Lunatic asylums Central Provinces reports 1910-1926 - 1910-1926
Year: 1910
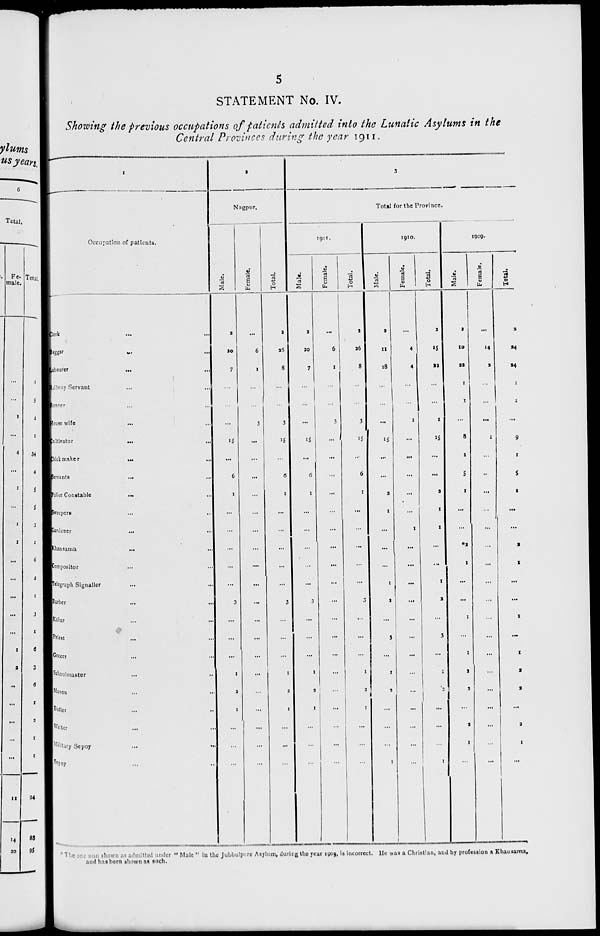
5
STATEMENT No. IV.
Showing the previous occupations of patients admitted into the Lunatic Asylums in the
Central Provinces during the year 1911.
1
Occupation of patients.
Clerk ... ...
Beggar ... ...
Labourer
...
...
Railway Servant ... ...
Banner ... ...
House wife ... ...
Cultivator
...
...
Chick maker
...
...
Servants
...
...
Police Constable
...
...
Sweepers ... ...
Gardener
...
...
Khansama ... ...
Compositor ... ...
Telegraph Signallr ... ...
Barber ... ...
Kahar ... ...
Priest ... ...
Grocer ... ...
Schoolmaster ... ...
Mason ... ...
Butler ... ...
Writer ... ...
Military Sepoy ... ...
Sepoy ... ...
2
Nagpur.
Male.
2
20
7
...
...
...
15
...
6
1
...
...
...
...
...
3
...
...
...
1
2
1
...
...
...
Female.
...
6
1
...
...
3
...
...
...
...
...
...
...
...
...
...
...
...
...
...
...
...
...
...
...
Total.
2
26
8
...
...
3
15
...
6
1
...
...
...
...
...
3
...
...
...
1
2
1
...
...
...
3
Total for the Province.
1911.
Male.
2
20
7
...
...
...
15
...
6
1
...
...
...
...
...
3
...
...
...
1
2
1
...
...
...
Female.
...
6
1
...
...
3
...
...
...
...
...
...
...
...
...
...
...
...
...
...
...
...
...
...
...
Total.
2
26
8
...
...
3
15
...
6
1
...
...
...
...
...
3
...
...
...
1
2
1
...
...
...
1910.
Male.
2
11
18
...
...
...
15
...
...
2
1
...
...
...
1
2
...
3
...
1
2
...
...
...
1
Female.
...
4
4
...
...
1
...
...
...
...
...
1
...
...
...
...
...
...
...
...
...
...
...
...
...
Total.
2
15
22
...
...
1
15
...
...
2
1
1
...
...
1
2
...
3
...
1
2
...
...
...
1
1909.
Male.
2
10
22
1
1
...
8
1
5
1
...
...
*2
1
...
...
1
...
1
2
2
...
2
1
...
Female.
...
14
2
...
...
...
1
...
...
...
...
...
...
...
...
...
...
...
...
...
...
...
...
...
...
Total.
2
24
24
1
1
...
9
1
5
1
...
...
2
1
...
...
1
...
1
2
2
...
2
1
...
* The are sum shown as admitted under " Male " in the Jubbulpore Asylum, during the year 1909, is incorrect. He was a Christian, and by profession a Khausama,
and has been shown as such.